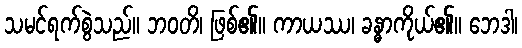
သမင်ရက်စွဲသည်။ ဘဝတိ၊ ဖြစ်၏။ ကာယဿ၊ ခန္ဓာကိုယ်၏။ ဘေဒါ၊